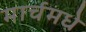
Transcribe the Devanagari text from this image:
मार्चमधे